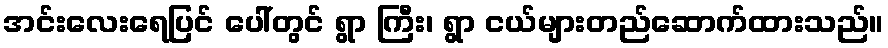
အင်းလေးရေပြင် ပေါ်တွင် ရွာ ကြီး၊ ရွာ ငယ်များတည်ဆောက်ထားသည်။